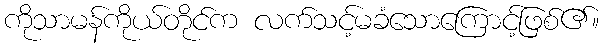
ကိုသာမန်ကိုယ်တိုင်က လက်သင့်မခံသောကြောင့်ဖြစ်၏။